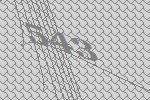
543